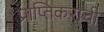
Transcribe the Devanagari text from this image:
प्राप्तिकराची